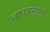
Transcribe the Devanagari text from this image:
नाफरमानों